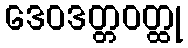
ဒေဝဒတ္တဝတ္ထု